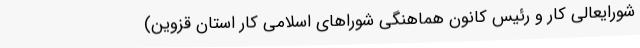
شورایعالی کار و رئیس کانون هماهنگی شوراهای اسلامی کار استان قزوین)